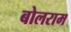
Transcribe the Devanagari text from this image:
बोलराम